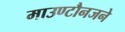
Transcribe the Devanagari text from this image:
माउण्टौनजने